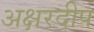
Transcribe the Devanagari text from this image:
अक्षरदीप